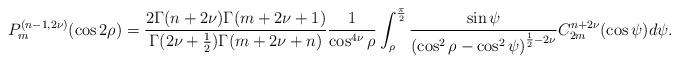
LaTeX: \begin{align*}P_{m}^{(n-1 ,2\nu )}(\cos 2\rho)=\frac{2\Gamma (n+2\nu )\Gamma (m+2\nu+1)}{\Gamma (2\nu +\frac{1}{2})\Gamma (m+2\nu +n)}\frac{1}{\cos ^{4\nu }\rho}\int_{\rho}^{\frac{\pi }{2}}\frac{\sin \psi }{\left( \cos ^{2}\rho-\cos^{2}\psi \right) ^{\frac{1}{2}-2\nu }}C_{2m}^{n+2\nu }(\cos \psi)d\psi .\end{align*}